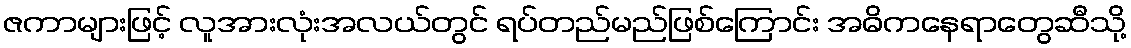
ဇကာများဖြင့် လူအားလုံးအလယ်တွင် ရပ်တည်မည်ဖြစ်ကြောင်း အဓိကနေရာတွေဆီသို့